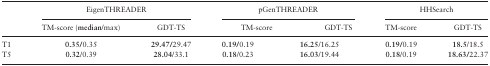
<table><thead><tr><td></td><td colspan="2"><b>EigenTHREADER</b></td><td colspan="3"><b>pGenTHREADER</b></td><td colspan="2"><b>HHSearch</b></td></tr><tr><td></td><td><b>TM-score (median/max)</b></td><td><b>GDT-TS</b></td><td colspan="2"><b>TM-score</b></td><td><b>GDT-TS</b></td><td><b>TM-score</b></td><td><b>GDT-TS</b></td></tr></thead><tbody><tr><td>T1</td><td><b>0.35/</b>0.35</td><td><b>29.47/</b>29.47</td><td><b>0.19/</b>0.19</td><td colspan="2"><b>16.25</b>/16.25</td><td><b>0.19/</b>0.19</td><td><b>18.5</b>/18.5</td></tr><tr><td>T5</td><td><b>0.32</b>/0.39</td><td><b>28.04</b>/33.1</td><td><b>0.18</b>/0.23</td><td colspan="2"><b>16.03</b>/19.44</td><td><b>0.18</b>/0.19</td><td><b>18.63/</b>22.37</td></tr></tbody></table>